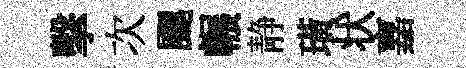
擊次颸輾静璜状嘉